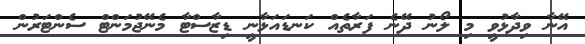
އޭނާ ވިދާޅުވީ މި ލޯނު ދޭނެ ފަރާތެއް ކަނޑައަޅާނީ ޑިޒާސްޓާ މެނޭޖުމަންޓް ސެންޓަރުން